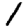
Digit: 1